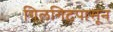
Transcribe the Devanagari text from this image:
गिलगिटपासून